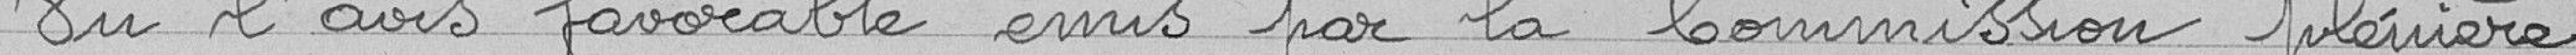
Vu l'avis favorable émis par la Commission plénière